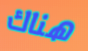
هناك